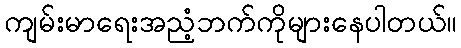
ကျမ်းမာရေးအညံ့ဘက်ကိုများနေပါတယ်။